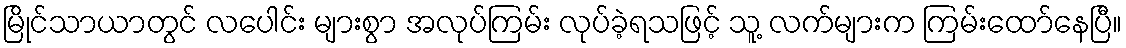
မြိုင်သာယာတွင် လပေါင်း များစွာ အလုပ်ကြမ်း လုပ်ခဲ့ရသဖြင့် သူ့ လက်များက ကြမ်းထော်နေပြီ။